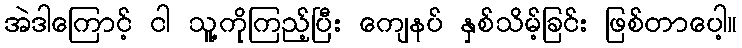
အဲဒါကြောင့် ငါ သူ့ကိုကြည့်ပြီး ကျေနပ် နှစ်သိမ့်ခြင်း ဖြစ်တာပေါ့။